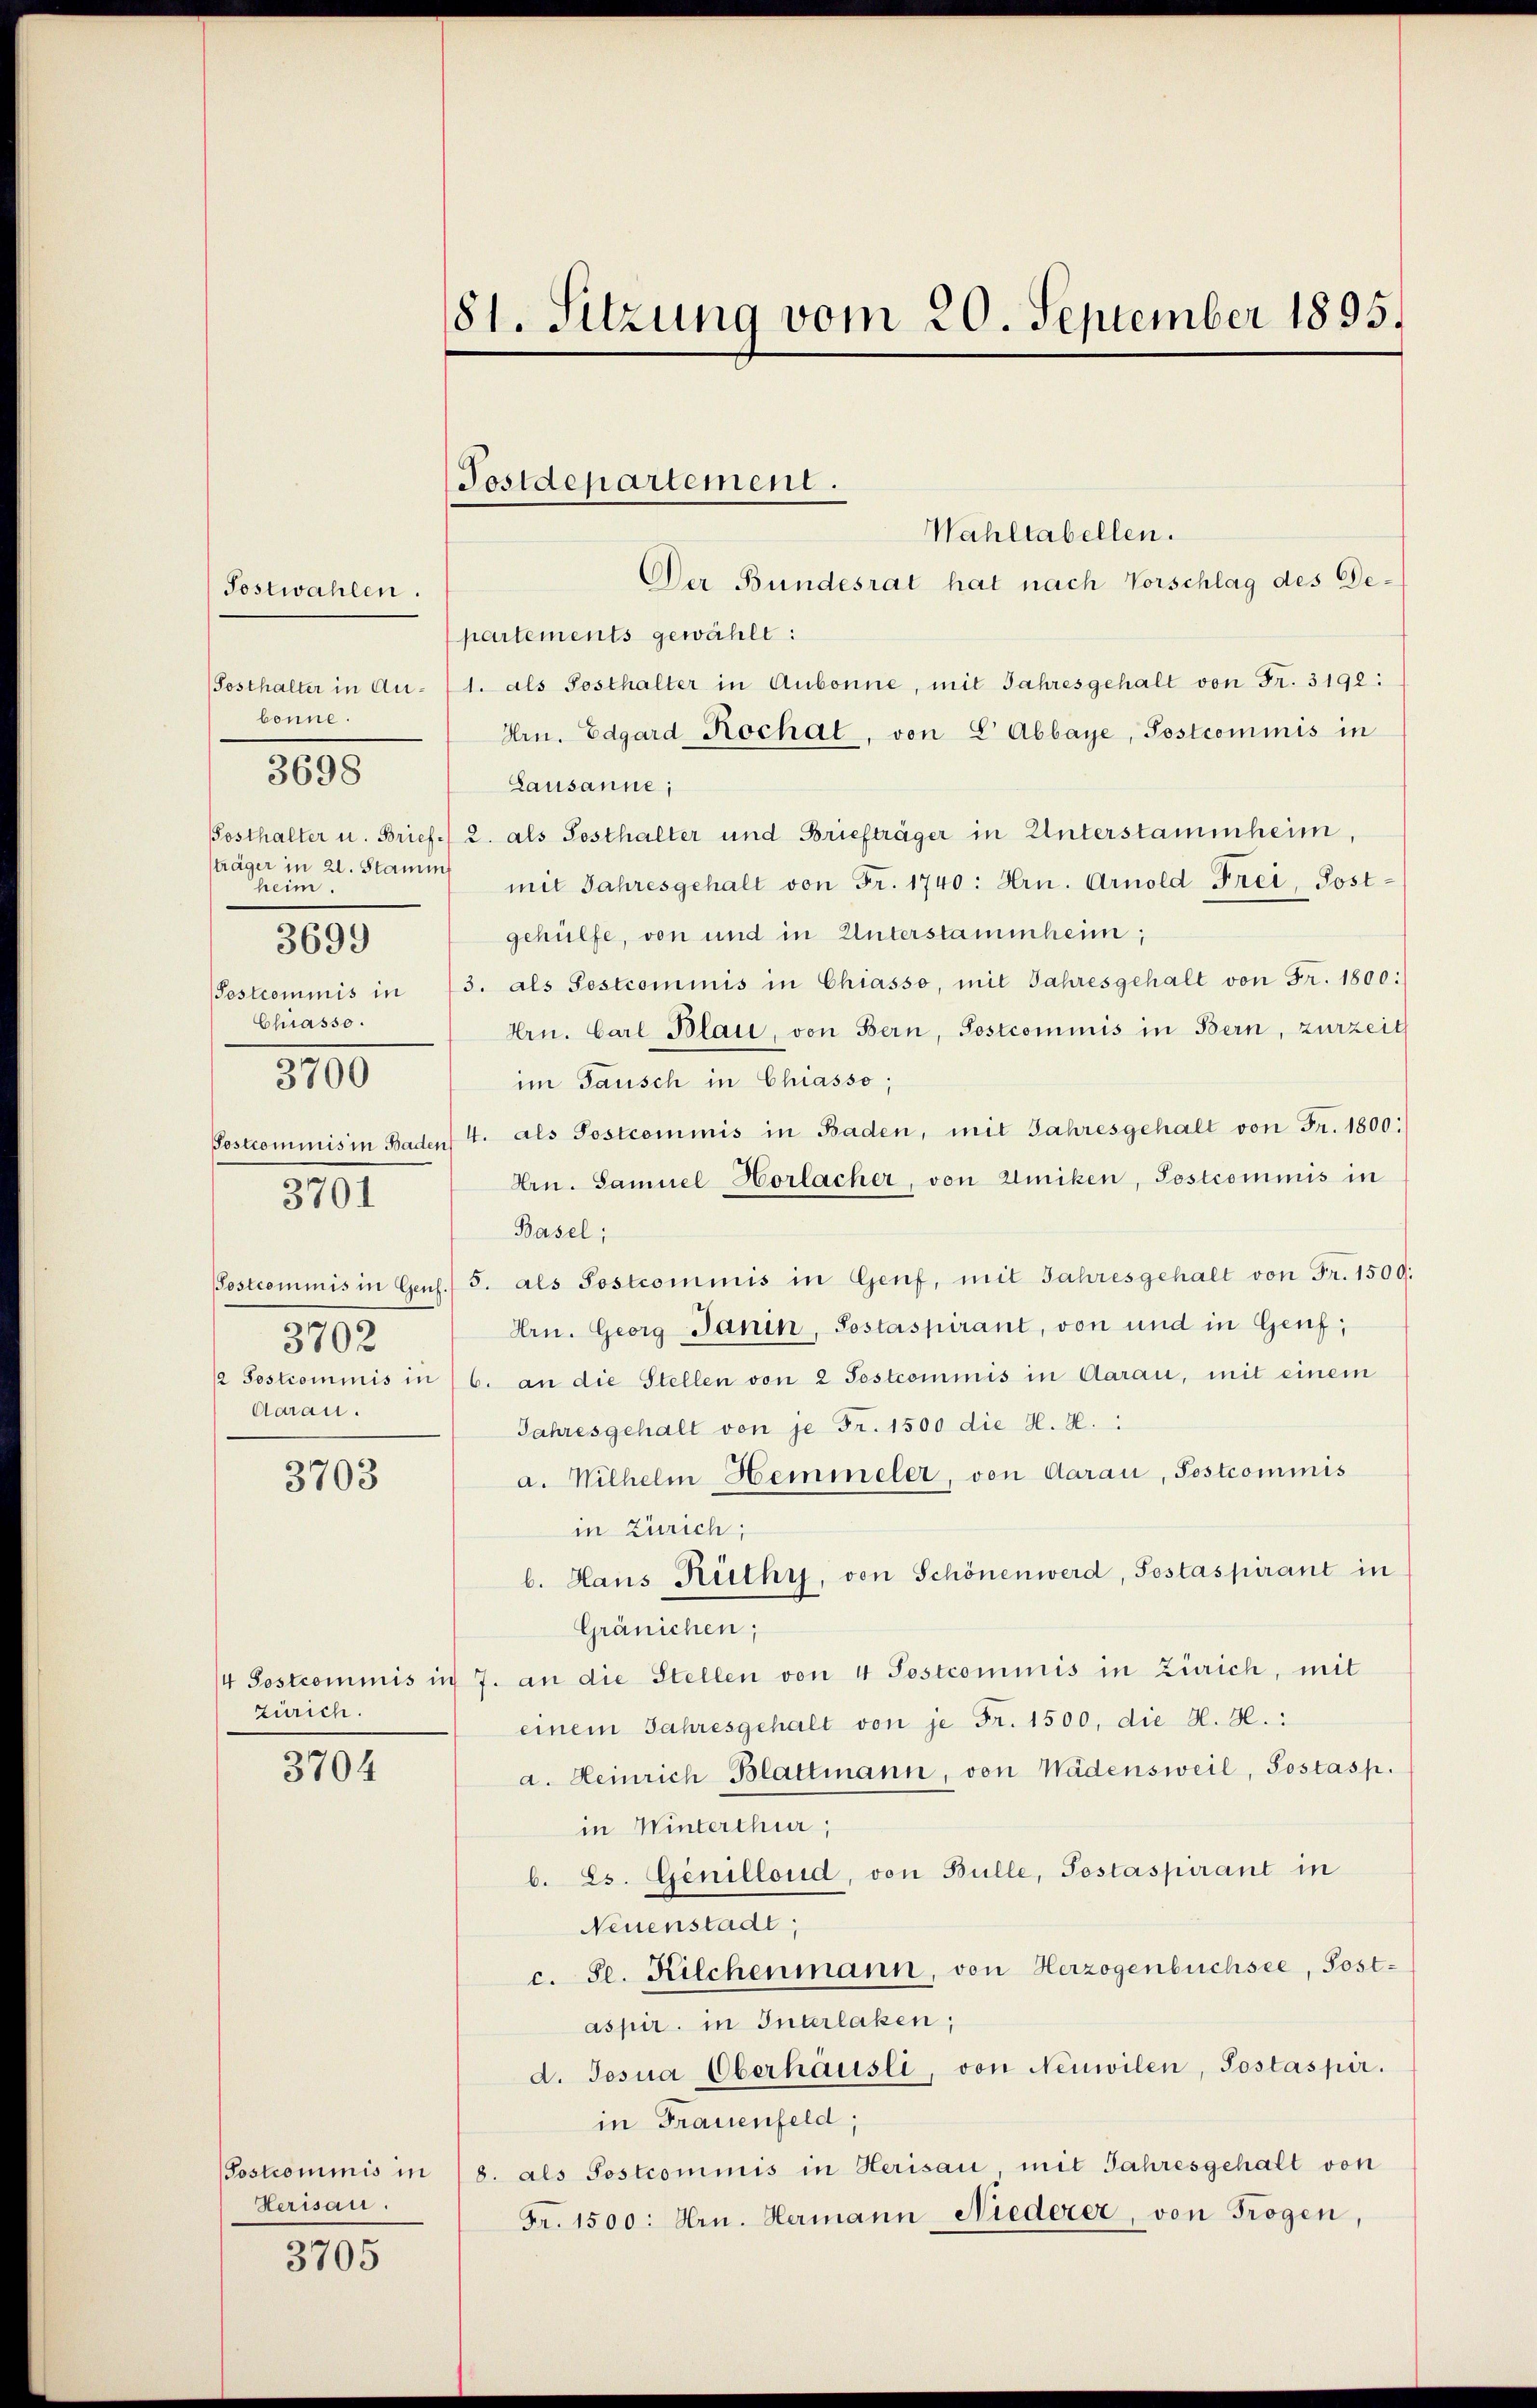
Postwahlen.
bonne.
Posthalter u. Brief.
sträger in 21. Stammt
heim.
3699
Chiasso.
3100
3701

daran.

3698

3702

3703

Zürich.

3704

Herisau.

3705

Der Bundesrat hat nach Vorschlag des Gepartements gewählt:
(Sosthalter in An- 1. als Posthalter in Aubonne, mit Jahresgehalt von Fr. 3192:
Hrn. Edgard Rochat, von 8 Abbaye, Postcommis in
Lausanne;
2. als Posthalter und Briefträger in Unterstammheim,
mit Jahresgehalt von Fr. 1740: Hrn. Arnold Frei, Post-
gehülfe, von und in Unterstammheim;
Postcommis in 13. als Pestcominis in Chiasso, mit Jahresgehalt von Fr. 1800:
Hrn. Carl Blau, von Bern, Sostcommis in Bern, zurzeit
im Tausch in Chiasso;
Postcommnis in Baden 4. als Postcommis in Baden, mit Jahresgehalt von Fr. 1800:
Arn. Samuel Horlacher, von Winiken, Postcommis in
Basel;
Postcommis in Gens. S. als Postcommis in Genf, mit Jahresgehalt von Fr. 1509:
Hrn. Georg Janin, Sostaspirant, von und in Genf;
½ Sostrommnis in 6. an die Stellen von 2 Postcommis in Aarau, mit einem
Jahresgehalt von je Fr. 1500 die H. H.
a. Wilhelm Hemmeler, von Aarau, Postcommis
in Zürich;
b. Haus Rüthy, von Schönenwerd, Pestaspirant in
Gränichen;
/4 Sostcommis in 7. an die Stellen von 4 Postcommis in Zürich, mit
einem Jahresgehalt von je Fr. 1500, die H. H.:
a. Heinrich Blattmann, von Wädensweil, Postasp.
in Winterthur,
b. Es. Genillond, von Bulle, Testaspirant in
Neuenstadt,
c. Se. Kilchenmann, von Herzogenbüchsee, Post-
aspir. in Interlaken;
d. Josua Oberhäusli, von Neuwilen, Postaspir.
in Frauenfeld,
(Postcommis in 18. als Sostcommis in Herisau, mit Jahresgehalt von
Fr. 1500. Hrn. Hermann Niederer, von Trogen,

81. Sitzung vom 20. September 1895.

Postdepartement.
Wahltabellen.